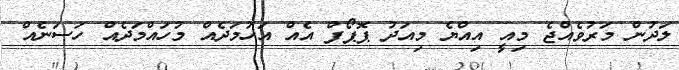
ލަދުން މަރުވެއްޖެ މިއީ އިއްޔެ މިއަދު ޕޮޕޯފް އެއް އަހުމަދެއް މުހައްމަދެއް ހަސަނެއް